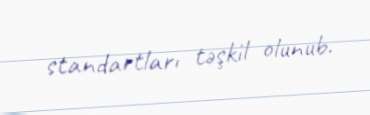
standartları təşkil olunub.